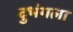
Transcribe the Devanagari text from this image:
दुभंगला